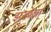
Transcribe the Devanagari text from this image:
झरबेला